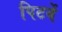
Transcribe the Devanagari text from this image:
पिटवें